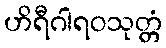
ဟိရီဂါရဝသုတ္တံ